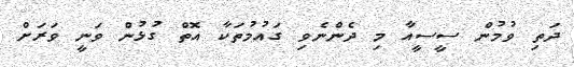
ދަތި ވުމުން ސީސީއާ މި ދެންނެވި ގައުމުތަކާ އޮތް ގުޅުން ވަނީ ވަރަށް